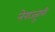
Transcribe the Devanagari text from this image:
नेराज्ज़ुरी